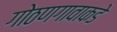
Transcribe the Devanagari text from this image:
गोठणगावाकडे